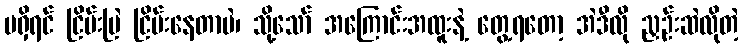
မရှိရင် ငြိမ်းမြဲ ငြိမ်းနေတာပဲ၊ သို့သော် အကြောင်းအထူးနဲ့ တွေ့ရတော့ အဲဒီလို ညှဉ်းဆဲလိုတဲ့